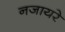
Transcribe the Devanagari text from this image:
नजायरे